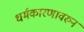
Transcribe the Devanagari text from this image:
धर्मकारणावरुन